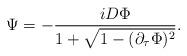
LaTeX: \begin{align*}\Psi=-{{iD\Phi}\over{1+\sqrt{1-(\partial_\tau \Phi)^2}}}.\end{align*}